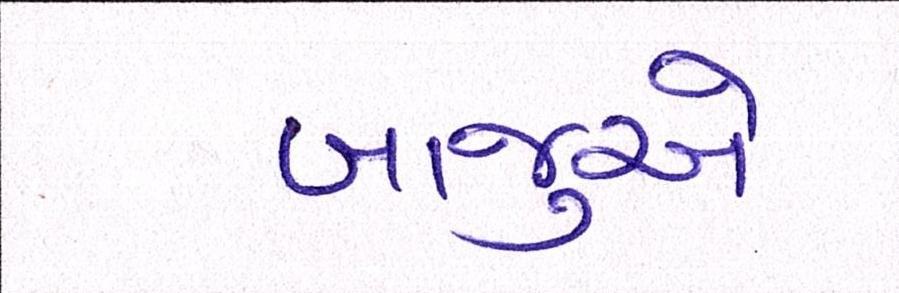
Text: બાજુએ